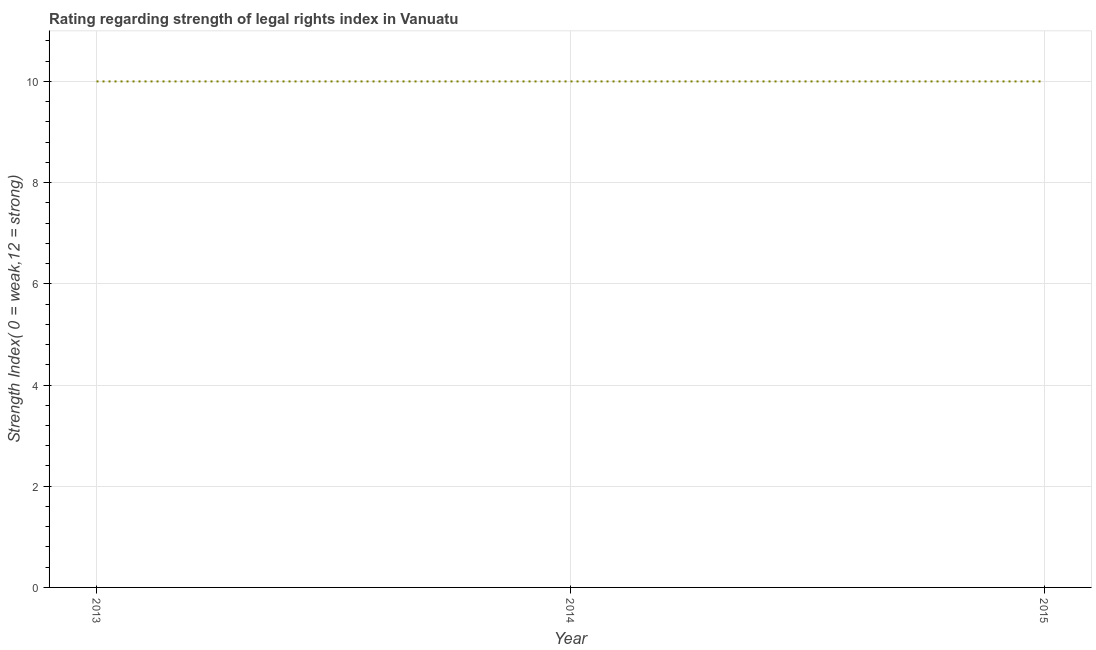
| Year | Strength of legal rights index |
 | --- | --- |
 | 2013 | 10 |
 | 2014 | 10 |
 | 2015 | 10 |